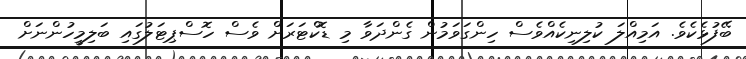
ބޭފުޅެކެވެ. އަމިއްލަ ކުލިނިކެއްވެސް ހިންގަވަމުން ގެންދަވާ މި ޑޮކްޓަރަށް ވެސް ހޮސްޕިޓަލުގައި ބަލިމީހުންނަށް